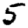
Digit: 5